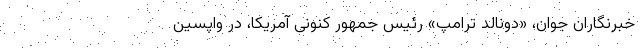
خبرنگاران جوان، «دونالد ترامپ» رئیس جمهور کنونی آمریکا، در واپسین